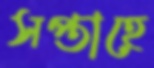
সপ্তাহে